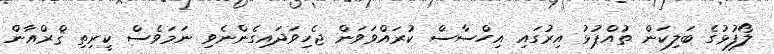
ލޯފުޅުގެ ބަލިކަން ތުއްޕުޅު އިރުގައި އިހްސާސް ކުރައްވަވަން ޖެހިވަދައިގެންނެވި ނަމަވެސް ކީރިތި ޤްރްއާން